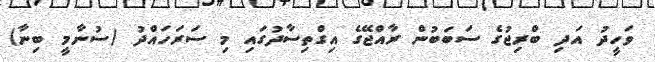
ވަހީދު އަދި ބްރިޖުގެ ސަބަބުން ރާއްޖޭގެ އިގްތިސާދުގައި މި ސަރަހައްދު (ސުނާމީ ބިނާ)